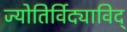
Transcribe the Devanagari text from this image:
ज्योतिर्विद्याविद्